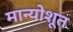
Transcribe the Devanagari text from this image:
मान्योशूत